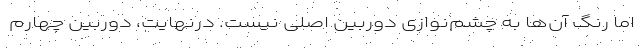
اما رنگ‌ آن‌ها به‌ چشم‌نوازی دوربین اصلی نیست. درنهایت، دوربین چهارم